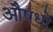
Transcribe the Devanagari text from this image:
औषधो